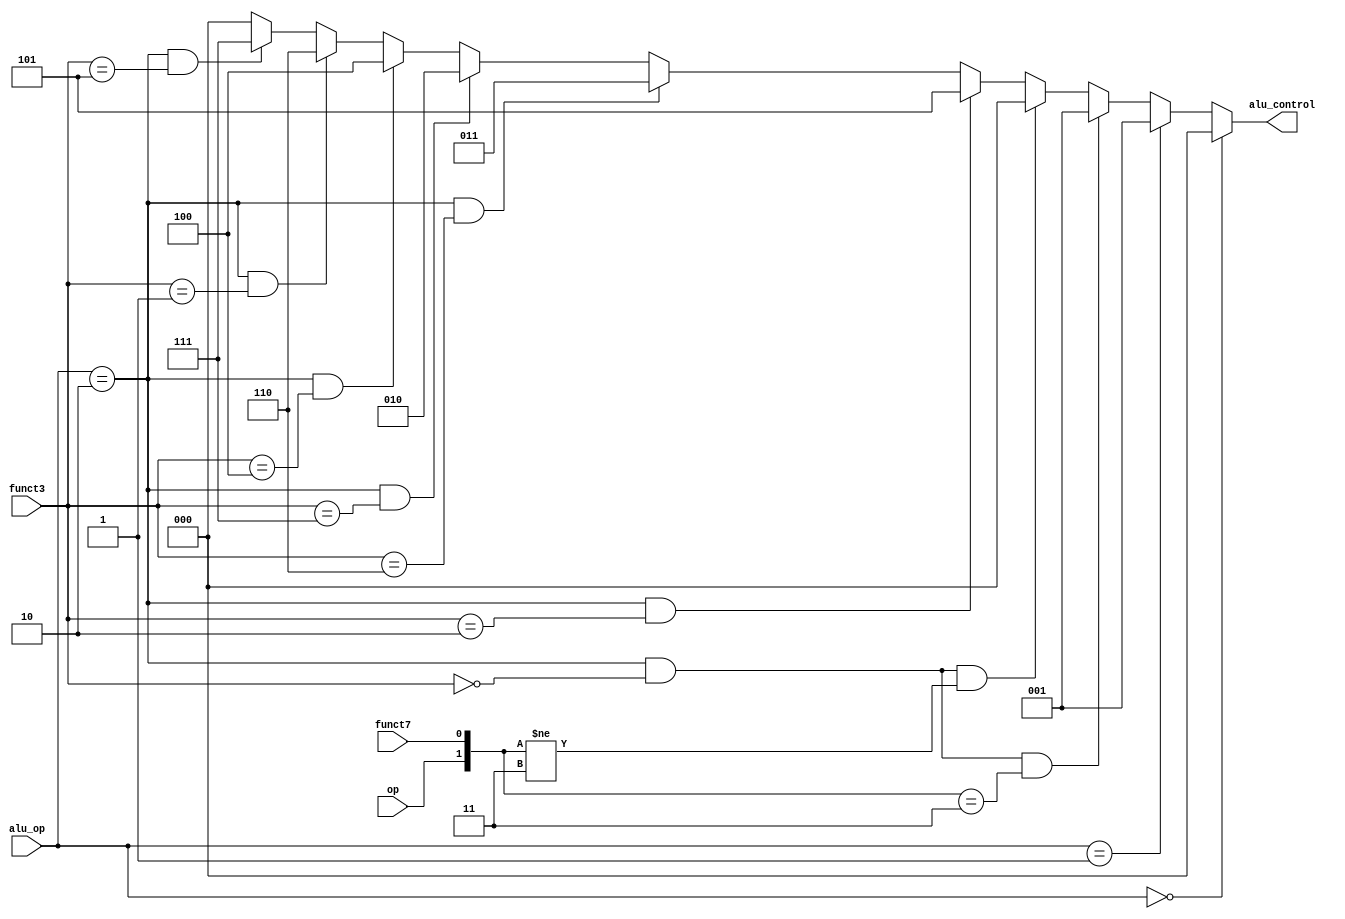
/* Module: alu_control_unit
   Description: Generates ALU control lines based on instruction
   Inputs: aluOp - 2-bit operation from main control unit; funct3 - 3-bit function code; funct7 - 1-bit function code; op - 1-bit operation code
   Outputs: aluControl - 3-bit control line to ALU unit 
*/
module alu_control_unit ( 
   input  [1:0]  alu_op,
   input  [2:0]  funct3,
   input         funct7,
   input         op,
   output [2:0]  alu_control
);

     assign alu_control = (alu_op == 2'b00) ? 3'b000 : //ADD
        (alu_op == 2'b01) ? 3'b001 :  //SUB
        ((alu_op == 2'b10) & (funct3 == 3'b000) & ({op, funct7} == 2'b11)) ? 3'b001 : //SUB
        ((alu_op == 2'b10) & (funct3 == 3'b000) & ({op, funct7} != 2'b11)) ? 3'b000 : //ADD
        ((alu_op == 2'b10) & (funct3 == 3'b010)) ? 3'b101 : //SLT
        ((alu_op == 2'b10) & (funct3 == 3'b110)) ? 3'b011 : //OR 
        ((alu_op == 2'b10) & (funct3 == 3'b111)) ? 3'b010 : //AND
        ((alu_op == 2'b10) & (funct3 == 3'b100)) ? 3'b100 : //XOR
        ((alu_op == 2'b10) & (funct3 == 3'b001)) ? 3'b110 : //SLL
        ((alu_op == 2'b10) & (funct3 == 3'b101)) ? 3'b111 : //SRL
                         3'b000;

endmodule